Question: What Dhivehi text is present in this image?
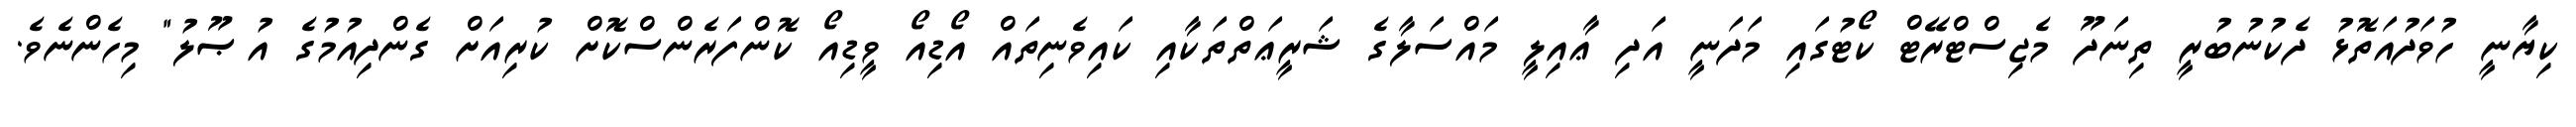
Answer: ކިޔާނީ ހުވަދުއަތޮޅު ދެކުނުބުރީ ތިނަދޫ މެޖިސްޓްރޭޓް ކޯޓުގައި މަދަނީ އަދި ޢާއިލީ މައްސަލާގެ ޝަރީޢަތްތަކާއި ކައިވެނިތައް އޯޑިއޯ ވީޑިއޯ ކޮންފަރެންސްކޮށް ކުރިއަށް ގެންދިއުމުގެ އުޞޫލު" މިހެންނެވެ.